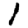
Digit: 1